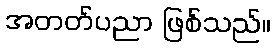
အတတ်ပညာ ဖြစ်သည်။